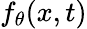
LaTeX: f_{\theta}(x,t)